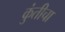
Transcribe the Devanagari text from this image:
कुंतीचा